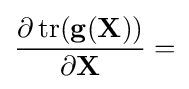
{\frac {\partial \operatorname {tr} (\mathbf {g(X)} )}{\partial \mathbf {X} }}=